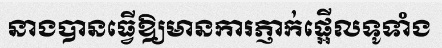
នាងបានធ្វើឱ្យមានការភ្ញាក់ផ្អើលទូទាំង